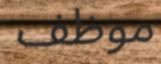
موظف